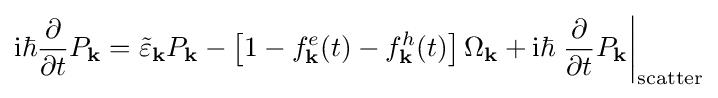
\mathrm {i} \hbar {\frac {\partial }{\partial t}}P_{\mathbf {k} }={\tilde {\varepsilon }}_{\mathbf {k} }P_{\mathbf {k} }-\left[1-f_{\mathbf {k} }^{e}(t)-f_{\mathbf {k} }^{h}(t)\right]\Omega _{\mathbf {k} }+\mathrm {i} \hbar \left.{\frac {\partial }{\partial t}}P_{\mathbf {k} }\right|_{\mathrm {scatter} }